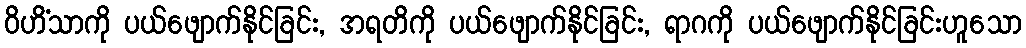
ဝိဟိံသာကို ပယ်ဖျောက်နိုင်ခြင်း, အရတိကို ပယ်ဖျောက်နိုင်ခြင်း, ရာဂကို ပယ်ဖျောက်နိုင်ခြင်းဟူသော